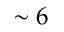
\sim 6